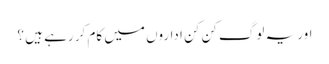
اور یہ لوگ کن کن اداروں میں کام کر رہے ہیں ؟